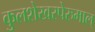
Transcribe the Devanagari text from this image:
कुलशेखरपेरुमाल्